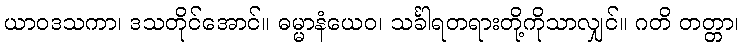
ယာဝဒသကာ၊ ဒသတိုင်အောင်။ ဓမ္မာနံယေဝ၊ သင်္ခါရတရားတို့ကိုသာလျှင်။ ဂတိ တတ္တာ၊